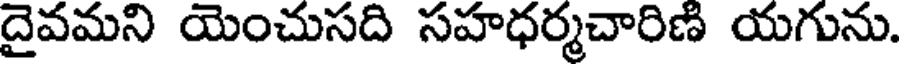
దైవమని యెంచుసది సహధర్మచారిణి యగును.